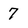
Character: 7